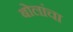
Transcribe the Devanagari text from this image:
बोलांचा